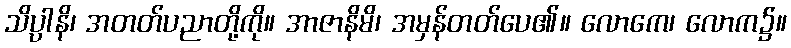
သိပ္ပါနိ၊ အတတ်ပညာတို့ကို။ အာဇာနိမိ၊ အမှန်တတ်ပေ၏။ လောကေ၊ လောက၌။